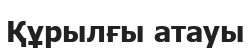
Құрылғы атауы